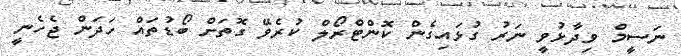
ނަސީމް ވިދާޅުވީ ނަރު ގުޅައިގެން ކޮންޓްރޯލް ކުރެވޭ ގޮތަށް ބޯޑުތައް ހަދަން ޖެހެނީ